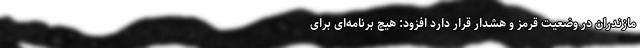
مازندران در وضعیت قرمز و هشدار قرار دارد افزود: هیچ برنامه‌ای برای